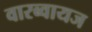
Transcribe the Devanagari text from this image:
वारब्वायज